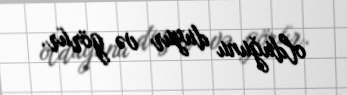
olduğunu duyur və görür.